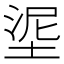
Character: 埿